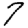
Digit: 7